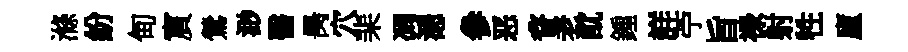
滌紛甸賔鶯渺醫昺穴棐凋漶參恶瞀老酖鍾詳苧旨禄射牲廬